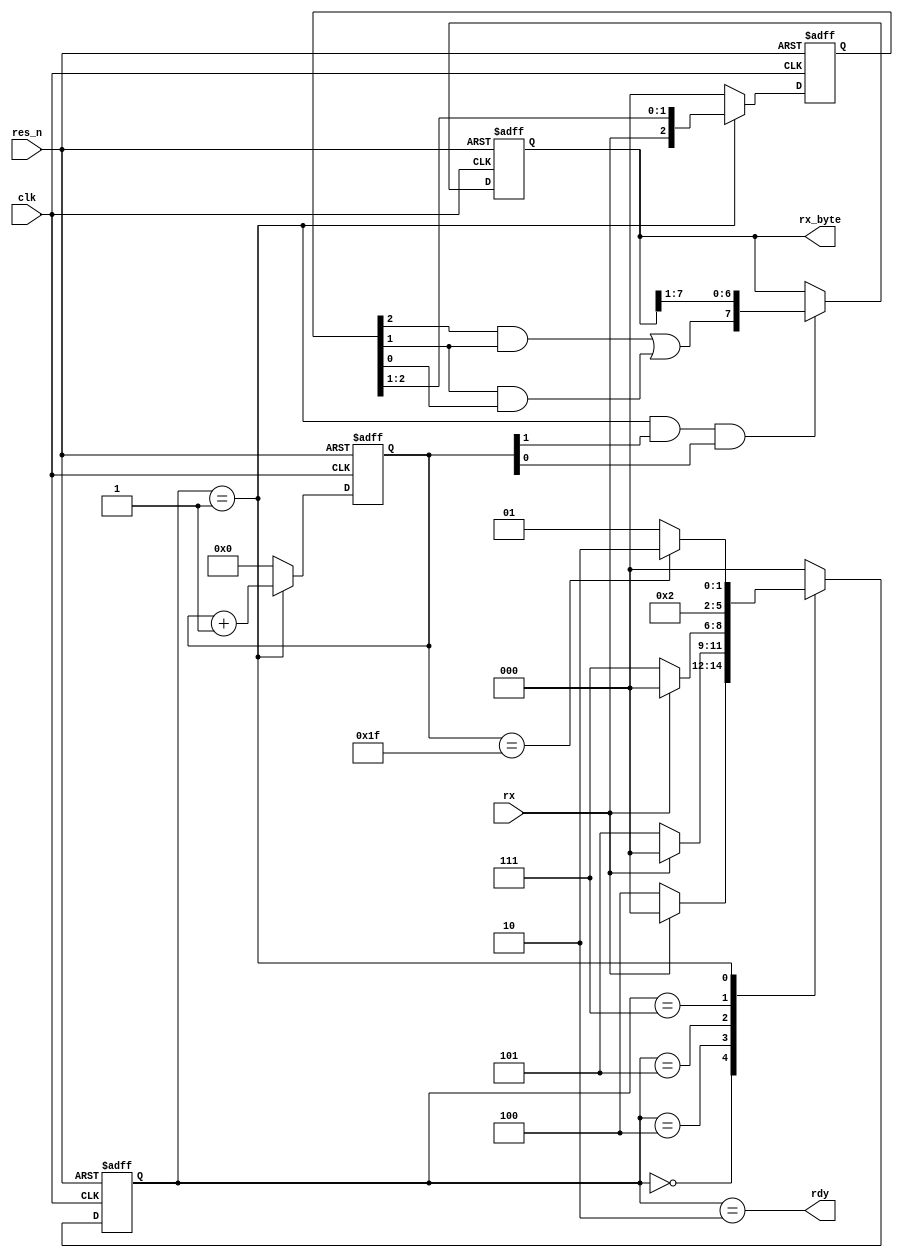
// This program was cloned from: https://github.com/micro-FPGA/engine-V
// License: Apache License 2.0

`timescale 1ns / 1ps
/* UART Receiver module 
 * Receives the serial signal on the rx pin.  Uses 4 posedge's
 * per baud bit to detect when the start bit comes.  Then every
 * 4 bits after that we shift in a sample to read our byte. 
 * Sets rdy output high after the byte is ready successfully. 
 *
 * Note, we dont really check that the stop bit goes high. 
 *
 * Has asynchronous reset. 
 */ 
module rx (
  input         res_n,
  input         rx,
  input         clk, /* Baud Rate x 4 (4 posedge's per bit) */
  output  [7:0] rx_byte,
  output        rdy
);

/* Count to 32 (8 bits x 4 samples )*/
reg       [4:0] count;
reg       [2:0] state;
reg       [2:0] state_nxt;

reg       [2:0] rx_shifter;
reg       [7:0] rx_byte_ff;
wire            rx_sample;

localparam WAIT = 3'b000,
           SNS1 = 3'b100,
           SNS2 = 3'b101,
           SNS3 = 3'b110,
           SNSX = 3'b111,
           READ = 3'b001,
           DONE = 3'b010;

/* When sampling RX if we got 2 highs in a row our sample 
   is high! */
assign rx_sample = (rx_shifter[2] && rx_shifter[1]) || 
                   (rx_shifter[1] && rx_shifter[0]);

assign rx_byte = rx_byte_ff;
assign rdy = state == DONE;

/* FSM Next State Derivation */
always @ (*)
begin
  case (state)
    WAIT: if (!rx)  /* As long was we are high stay waiting */
        state_nxt = SNS1;
      else          
        state_nxt = WAIT;
    SNS1: if (!rx)
        state_nxt = SNS2;
      else
        state_nxt = WAIT;
    SNS2: if (!rx)  /* If we get 4 lows in a row we got to read */
        state_nxt = SNSX;
      else
        state_nxt = WAIT;
    SNSX:
      state_nxt = READ;
    READ: if (count == 5'b11111) /* When read count is full, go back to wait */
        state_nxt = DONE;
      else
        state_nxt = READ;
    DONE:    state_nxt = WAIT;
    default: state_nxt = WAIT;
  endcase
end

/* Sense the start bit on posedge and negedge */
always @ (posedge clk or negedge res_n)
begin
   if (!res_n) 
    begin
      state <= WAIT;
      count <= 5'd0;
      rx_shifter <= 3'd0;
    end
   else
    begin
      state <= state_nxt;
      if (state == READ) begin
        rx_shifter <= {rx, rx_shifter[2:1]};
        count <= count + 1'b1;
      end
      else 
      begin
        rx_shifter <= 3'd0;
        count <= 5'd0;
      end
    end
end

/* If we are reading, stample the RX bits 
   every 3 samples shift it into RX byte */
always @ (posedge clk or negedge res_n)
begin
   if (!res_n) 
      rx_byte_ff <= 8'd0;
   else
     if ((state == READ) && count[1] && count[0])  /* When we are at count 3, sample the shift register */
       rx_byte_ff <= {rx_sample, rx_byte_ff[7:1]};
     else 
       rx_byte_ff <= rx_byte_ff;
end

endmodule